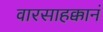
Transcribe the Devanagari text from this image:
वारसाहक्कानं